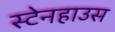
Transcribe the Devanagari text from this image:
स्टेनहाउस